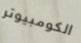
الكومبيوتر